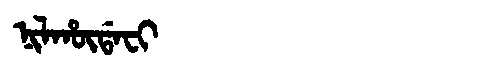
Manchu: ᠨᡳᠯᡥᡡᡩᠠᠸᡳ
Romanization: NILHŪDAFI